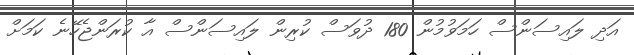
އަދި ލައިސަންސް ހަމަވުމުން 180 ދުވަސް ކުރިން ލައިސަންސް އާ ކުރަންޖެހޭނެ ކަމަށް